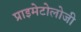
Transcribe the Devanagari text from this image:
प्राइमेटोलोजी